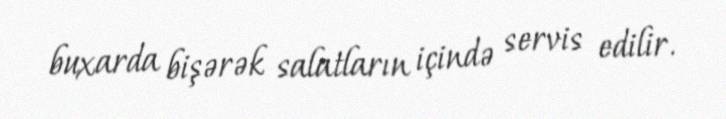
buxarda bişərək salatların içində servis edilir.